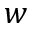
w